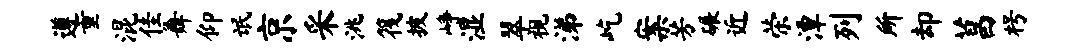
遵重混佳舞仰氓京采洮筏披峥湿翠视涕屹案芳碾近荣潭列所却菖枵